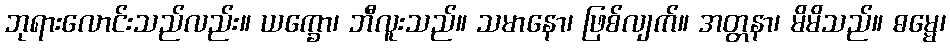
ဘုရားလောင်းသည်လည်း။ ယက္ခော၊ ဘီလူးသည်။ သမာနော၊ ဖြစ်လျက်။ အတ္တနာ၊ မိမိသည်။ ဓမ္မေ၊